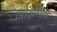
બીફાનાસ